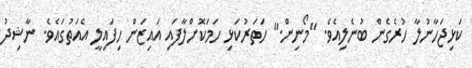
ކަޅިޖަހާނުލާ ހުރެގެން ބުނެލިއެވެ. "މޯނިން." ހަތަރުކަޅި ހަމަކޮށްލާފައި އައިޒަން ހިފައިލީ އެއަތުގައެވެ. ނާޝިދު